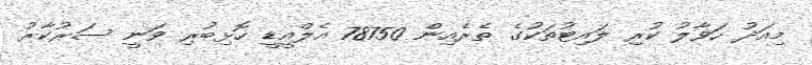
މިއަދު ހަވާލު ކުރި ލައިޓުތަކުގެ ތެރެއިން 78750 އެލްއީޑީ ހޮޅިބުރި ވަނީ ސަރުކާރު